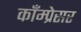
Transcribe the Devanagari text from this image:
काँम्प्रेसर